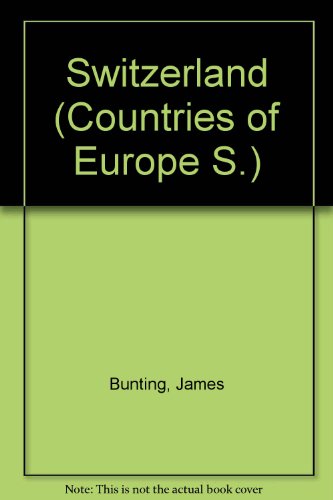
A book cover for Switzerland, including Liechtenstein; James Bunting; Travel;